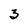
Character: 3